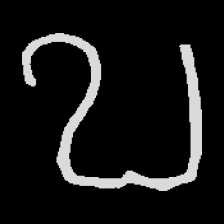
Pyu character \u2014 Myanmar letter: ဎ (romanized: ddha)